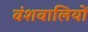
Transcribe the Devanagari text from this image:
वंशवालियों